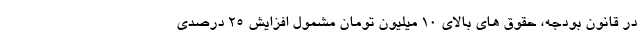
در قانون بودجه، حقوق های بالای ۱۰ میلیون تومان مشمول افزایش ۲۵ درصدی